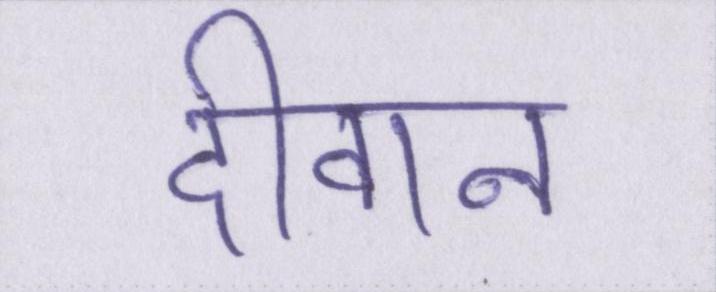
दीवान